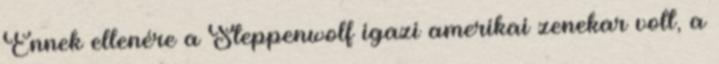
Ennek ellenére a Steppenwolf igazi amerikai zenekar volt, a